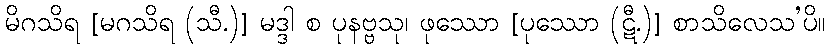
မိဂသိရ [မဂသိရ (သီ.)] မဒ္ဒါ စ ပုနဗ္ဗသု၊ ဖုဿော [ပုဿော (ဋီ.)] စာသိလေသ’ပိ။